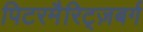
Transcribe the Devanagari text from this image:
पिटरमैरिट्ज़बर्ग